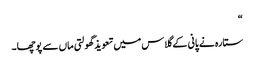
“
ستارہ نے پانی کے گلاس میں تعویذ گھولتی ماں سے پوچھا۔